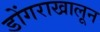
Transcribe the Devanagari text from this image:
डोंगराखालून